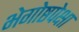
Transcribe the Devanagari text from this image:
भेगोष्ठपेक्षा